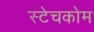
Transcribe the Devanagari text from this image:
स्टेचकोम